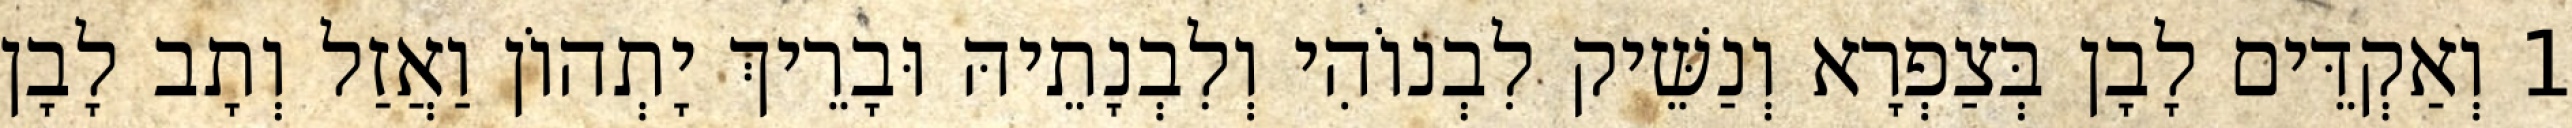
1 וְאַקְדֵּים לָבָן בְּצַפְרָא וְנַשֵּׁיק לִבְנוֹהִי וְלִבְנָתֵיהּ וּבָרֵיךְ יָתְהוֹן וַאֲזַל וְתָב לָבָן